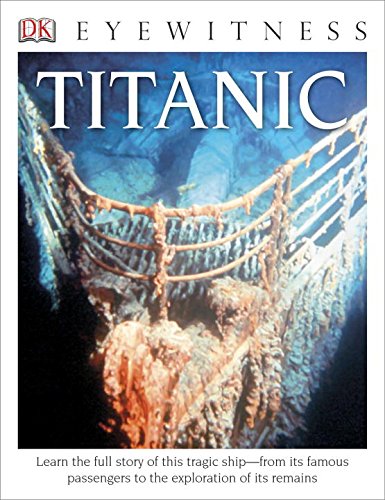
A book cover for DK Eyewitness Books: Titanic; Simon Adams; Children's Books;